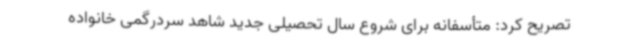
تصریح کرد: متأسفانه برای شروع سال تحصیلی جدید شاهد سردرگمی خانواده